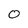
Character: 0